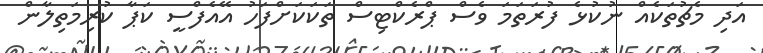
އަދި މެޗުތަކެއް ނުކުޅެ ފުރަތަމަ ވެސް ޕްރެކްޓިސް ތަކަކަށްފަހު އޭއެފްސީ ކަޕާ ކުރިމަތިލާން